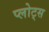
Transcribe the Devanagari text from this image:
प्लोट्स